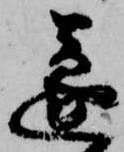
遂